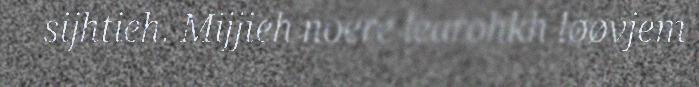
sijhtieh. Mijjieh noere learohkh løøvjem